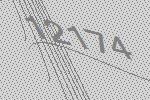
12174